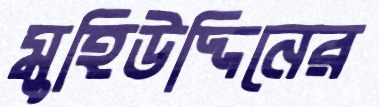
মুহিউদ্দিনের